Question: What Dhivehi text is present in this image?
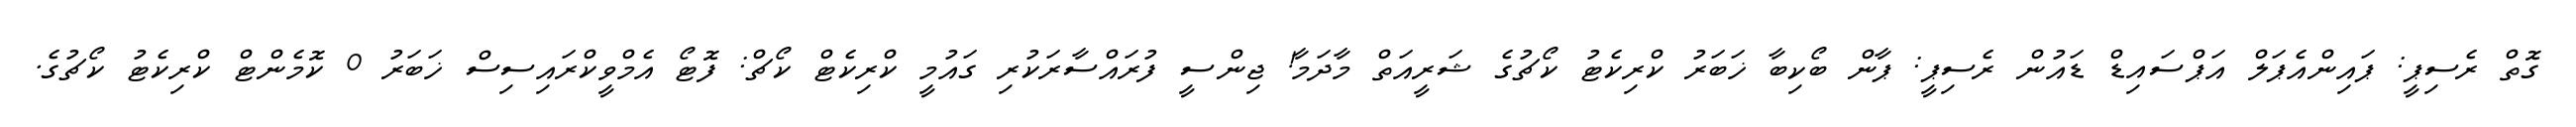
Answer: ގޮތް ރެސިޕީ: ޕައިންއެޕަލް އަޕްސައިޑް ޑައުން ރެސިޕީ: ޕާން ބޯކިބާ ޚަބަރު ކްރިކެޓު ކޯޗުގެ ޝަރީއަތް މާދަމާ! ޖިންސީ ފުރައްސާރަކުރި ގައުމީ ކްރިކެޓް ކޯޗް: ފޮޓޯ އެމްވީކްރައިސިސް ޚަބަރު 0 ކޮމެންޓް ކްރިކެޓު ކޯޗުގެ.